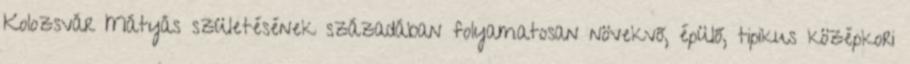
Kolozsvár Mátyás születésének századában folyamatosan növekvő, épülő, tipikus középkori